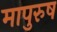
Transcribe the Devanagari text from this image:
मापुरुष